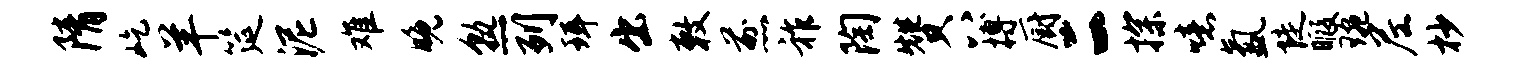
隋屹羊筵泥难晚熟列珥出敕煎祚陶赞八搏厨二探噫氲陡暇琬尼杪